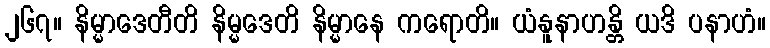
၂၆၇။ နိမ္မာဒေတီတိ နိမ္မဒေတိ နိမ္မာနေ ကရောတိ။ ယံနူနာဟန္တိ ယဒိ ပနာဟံ။